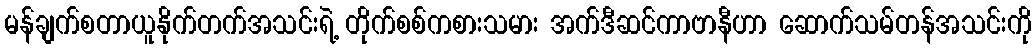
မန်ချက်စတာယူနိုက်တက်အသင်းရဲ့ တိုက်စစ်ကစားသမား အက်ဒီဆင်ကာဗာနီဟာ ဆောက်သမ်တန်အသင်းကို